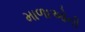
માળાઓની